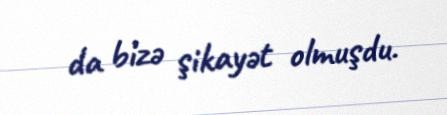
da bizə şikayət olmuşdu.